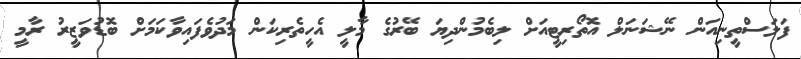
ފަލަސްތީނިއަން ނޭޝަނަލް އޮތޯރިޓީއަށް ލިބެމުންދިޔަ ބޭރުގެ މާލީ އެހީތެރިކަން މަދުވެފައިވާކަމަށް ބޮޑުވަޒީރު ރާމީ